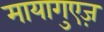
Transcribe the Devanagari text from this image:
मायागुएज़